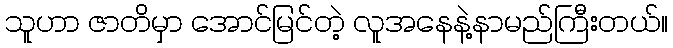
သူဟာ ဇာတိမှာ အောင်မြင်တဲ့ လူအနေနဲ့နာမည်ကြီးတယ်။